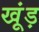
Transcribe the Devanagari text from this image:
खूंड़